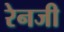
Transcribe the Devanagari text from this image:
रेनजी